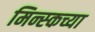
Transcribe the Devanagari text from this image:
मिन्स्कच्या